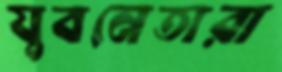
যুবনেতারা